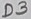
Text: D3